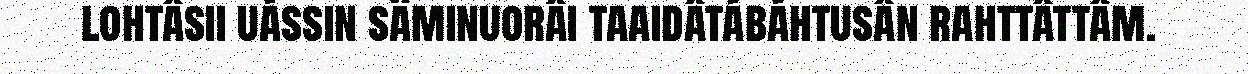
lohtâsii uássin säminuorâi taaidâtábáhtusân rahttâttâm.